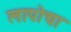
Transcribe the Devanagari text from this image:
लापोचा